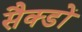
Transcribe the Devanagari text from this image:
सैक्डों